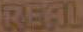
REAL